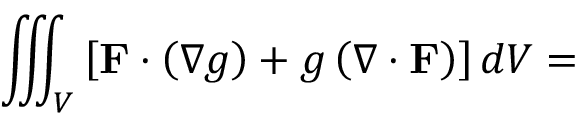
\iiint _ { V } \left[ \mathbf { F } \cdot \left( \nabla g \right) + g \left( \nabla \cdot \mathbf { F } \right) \right] d V =